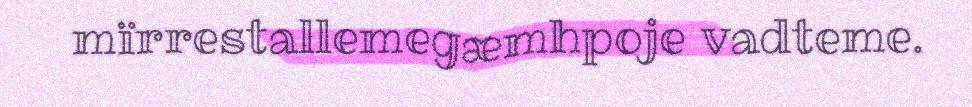
mïrrestallemegæmhpoje vadteme.